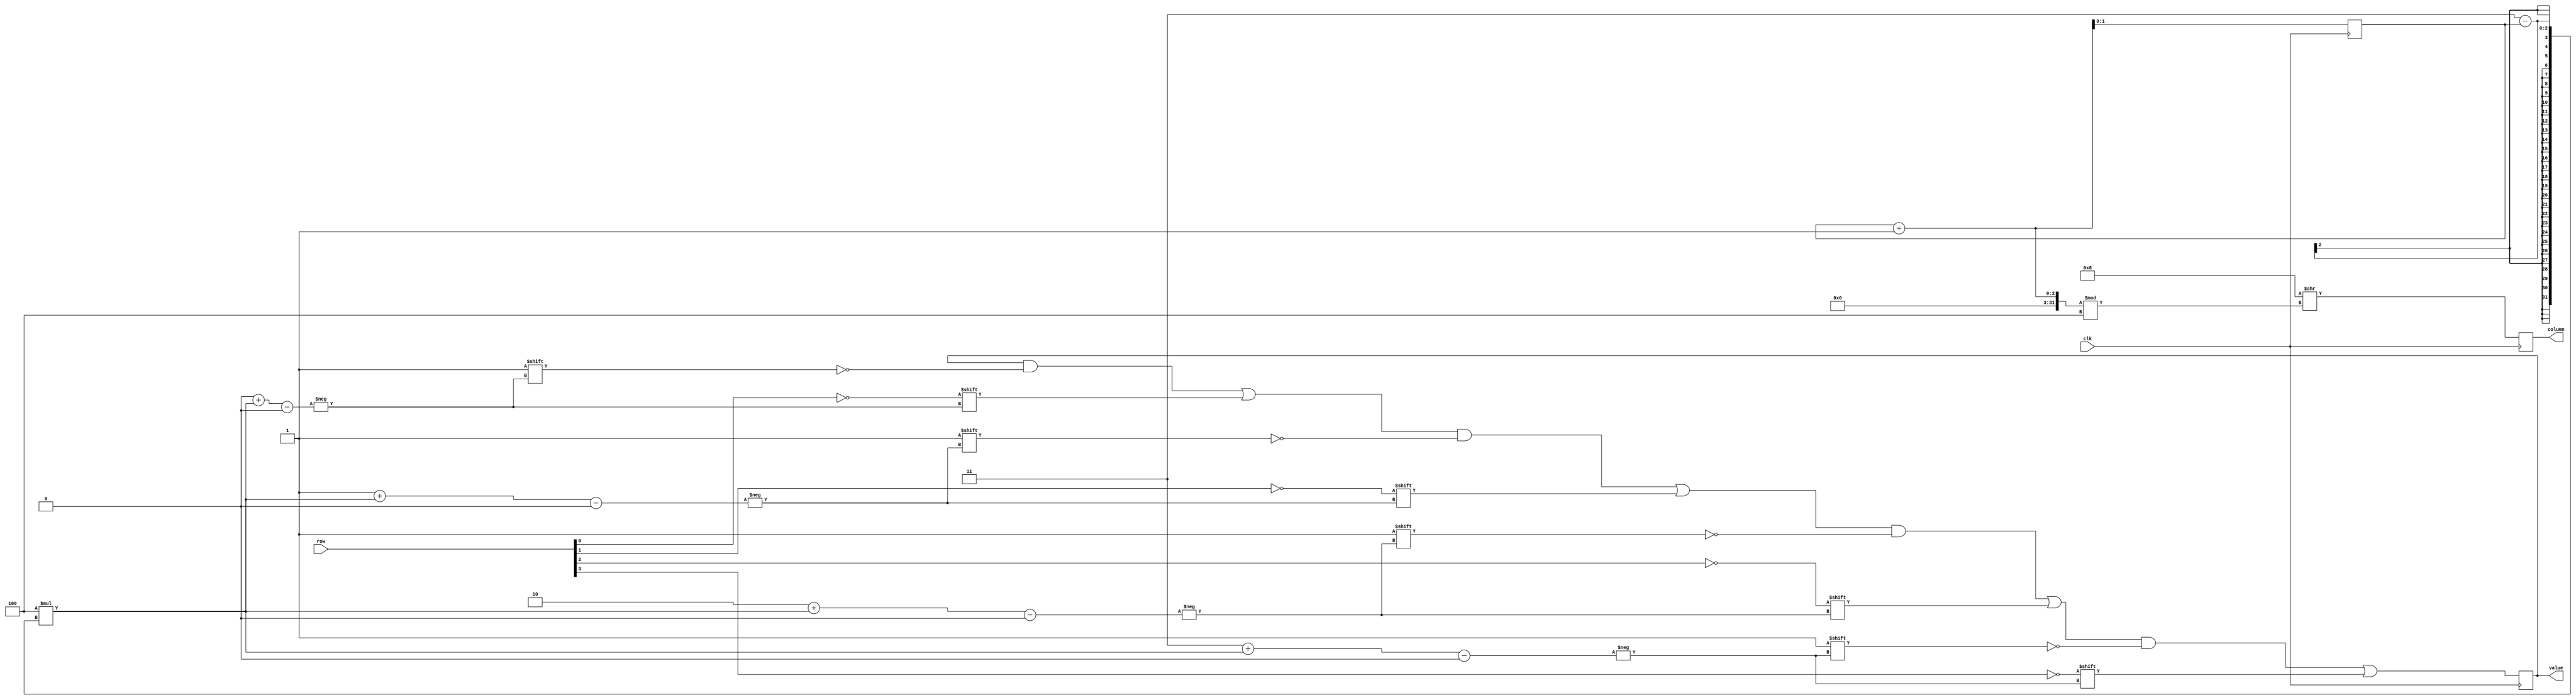
module keypad(input wire clk,
              output reg [3:0] column = FIRST_COLUMN,
              input wire [3:0] row,
              output reg [15:0] value = 0);

    reg [1:0] current_column = 2'b00;

    parameter FIRST_COLUMN = 'b1000;

    integer i;
    always @(posedge clk) begin
        for (i = 0; i < 4; i = i + 1) begin
            value[i + 4 * (3 - current_column)] <= row[i] == 0;
        end

        column <= FIRST_COLUMN >> (current_column + 1) % 4;
        current_column <= current_column + 1;
    end
endmodule